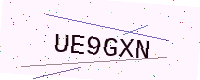
Text: UE9GXN